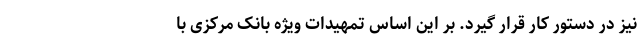
نیز در دستور کار قرار گیرد. بر این اساس تمهیدات ویژه بانک مرکزی با